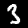
Digit: 3